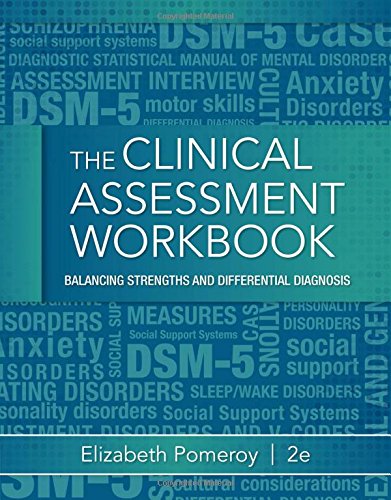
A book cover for Clinical Assessment Workbook: Balancing Strengths and Differential Diagnosis; Elizabeth Pomeroy; Medical Books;